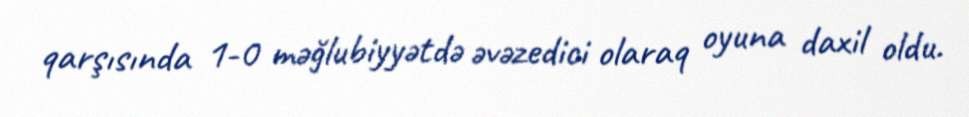
qarşısında 1-0 məğlubiyyətdə əvəzedici olaraq oyuna daxil oldu.